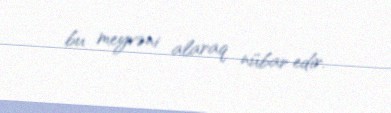
bu meyvəni alaraq nübar edir.